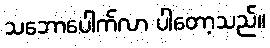
သဘောပေါက်လာ ပါတော့သည်။